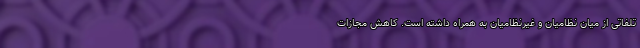
تلفاتی از میان نظامیان و غیرنظامیان به همراه داشته است. کاهش مجازات